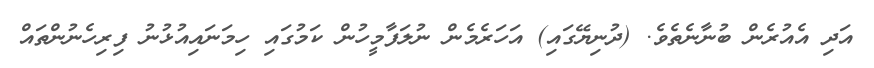
އަދި އެއުރެން ބުނާނެތެވެ. (ދުނިޔޭގައި) އަހަރެމެން ނުލަފާމީހުން ކަމުގައި ހިމަނައިއުޅުނު ފިރިހެނުންތައް